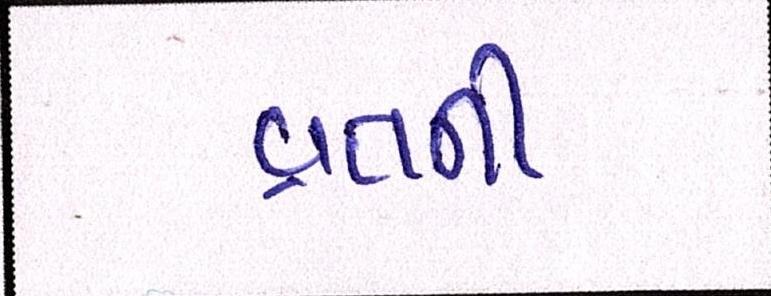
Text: વ્રતની